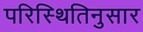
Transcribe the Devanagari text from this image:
परिस्थितिनुसार